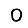
Digit: 0